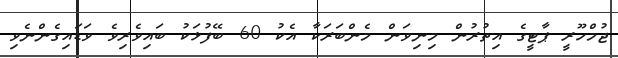
ޖުމްހޫރީ ޕާޓީގެ އިތުރުން މިނިވަން މެންބަަރަކާ އެކު 60 ބޭފުޅަކު ބައިވެރިވެ ވަޑައިގެންނެވި